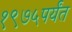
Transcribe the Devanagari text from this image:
१९७५पर्यंत